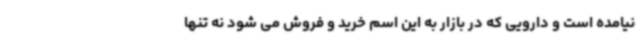
نیامده است و دارویی که در بازار به این اسم خرید و فروش می شود نه تنها